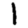
Digit: 1